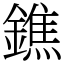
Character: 鐎